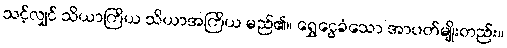
သင့်လျှင် သိယာကြိယ သိယာအကြိယ မည်၏။ ရွှေငွေခံသော အာပတ်မျိုးတည်း။